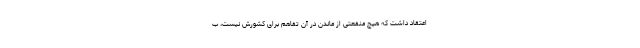
اعتقاد داشت که هیچ منفعتی از ماندن در آن تفاهم برای کشورش نیست، ب